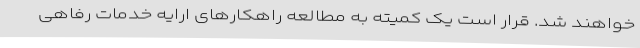
خواهند شد. قرار است یک کمیته به مطالعه راهکارهای ارایه خدمات رفاهی